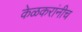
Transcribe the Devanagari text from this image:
केळकरांनीच